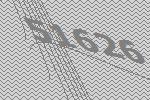
51626